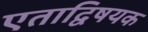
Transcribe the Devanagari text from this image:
एताद्विषयक